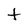
Character: T